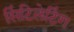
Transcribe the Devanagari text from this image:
सिंटिलेटिंग